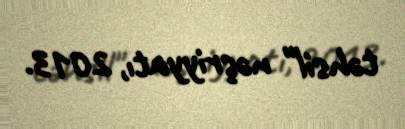
təhsil" nəşriyyatı, 2013.